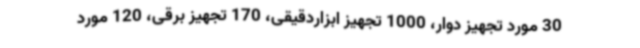
30 مورد تجهیز دوار، 1000 تجهیز ابزاردقیقی، 170 تجهیز برقی، 120 مورد